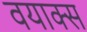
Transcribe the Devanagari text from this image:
वयाक्स